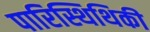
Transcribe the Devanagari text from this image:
पारिस्थिथिकी